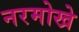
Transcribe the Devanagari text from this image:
नरमोखे